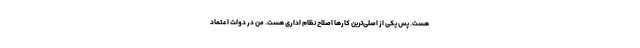
هست. پس یکی از اصلی‌ترین کارها اصلاح نظام اداری هست. من در دولت اعتماد